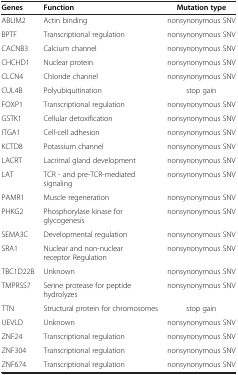
<table><thead><tr><td><b>Genes</b></td><td><b>Function</b></td><td><b>Mutation type</b></td></tr></thead><tbody><tr><td>ABLIM2</td><td>Actin binding</td><td>nonsynonymous SNV</td></tr><tr><td>BPTF</td><td>Transcriptional regulation</td><td>nonsynonymous SNV</td></tr><tr><td>CACNB3</td><td>Calcium channel</td><td>nonsynonymous SNV</td></tr><tr><td>CHCHD1</td><td>Nuclear protein</td><td>nonsynonymous SNV</td></tr><tr><td>CLCN4</td><td>Chloride channel</td><td>nonsynonymous SNV</td></tr><tr><td>CUL4B</td><td>Polyubiquitination</td><td>stop gain</td></tr><tr><td>FOXP1</td><td>Transcriptional regulation</td><td>nonsynonymous SNV</td></tr><tr><td>GSTK1</td><td>Cellular detoxification</td><td>nonsynonymous SNV</td></tr><tr><td>ITGA1</td><td>Cell-cell adhesion</td><td>nonsynonymous SNV</td></tr><tr><td>KCTD8</td><td>Potassium channel</td><td>nonsynonymous SNV</td></tr><tr><td>LACRT</td><td>Lacrimal gland development</td><td>nonsynonymous SNV</td></tr><tr><td>LAT</td><td>TCR - and pre-TCR-mediated signaling</td><td>nonsynonymous SNV</td></tr><tr><td>PAMR1</td><td>Muscle regeneration</td><td>nonsynonymous SNV</td></tr><tr><td>PHKG2</td><td>Phosphorylase kinase for glycogenesis</td><td>nonsynonymous SNV</td></tr><tr><td>SEMA3C</td><td>Developmental regulation</td><td>nonsynonymous SNV</td></tr><tr><td>SRA1</td><td>Nuclear and non-nuclear receptor Regulation</td><td>nonsynonymous SNV</td></tr><tr><td>TBC1D22B</td><td>Unknown</td><td>nonsynonymous SNV</td></tr><tr><td>TMPRSS7</td><td>Serine protease for peptide hydrolyzes</td><td>nonsynonymous SNV</td></tr><tr><td>TTN</td><td>Structural protein for chromosomes</td><td>stop gain</td></tr><tr><td>UEVLD</td><td>Unknown</td><td>nonsynonymous SNV</td></tr><tr><td>ZNF24</td><td>Transcriptional regulation</td><td>nonsynonymous SNV</td></tr><tr><td>ZNF304</td><td>Transcriptional regulation</td><td>nonsynonymous SNV</td></tr><tr><td>ZNF674</td><td>Transcriptional regulation</td><td>nonsynonymous SNV</td></tr></tbody></table>